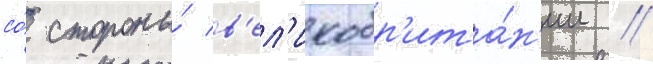
со́ стороны́ в'ел'икобр'ита́н'ии //